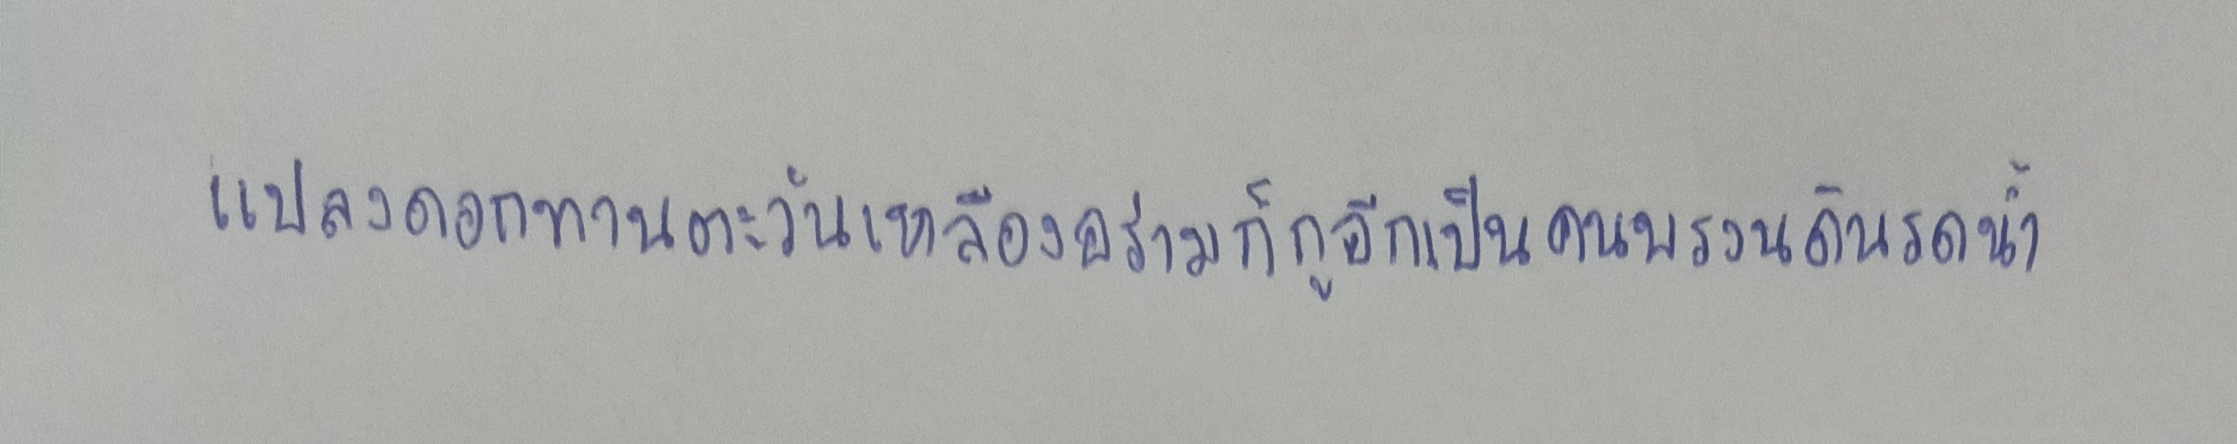
-แปลงดอกทานตะวันเหลืองอร่ามก็กูอีกเป็นคนพรวนดินรดน้ำ.